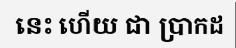
នេះ ហើយ ជា ប្រាកដ